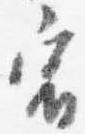
宿